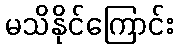
မသိနိုင်ကြောင်း